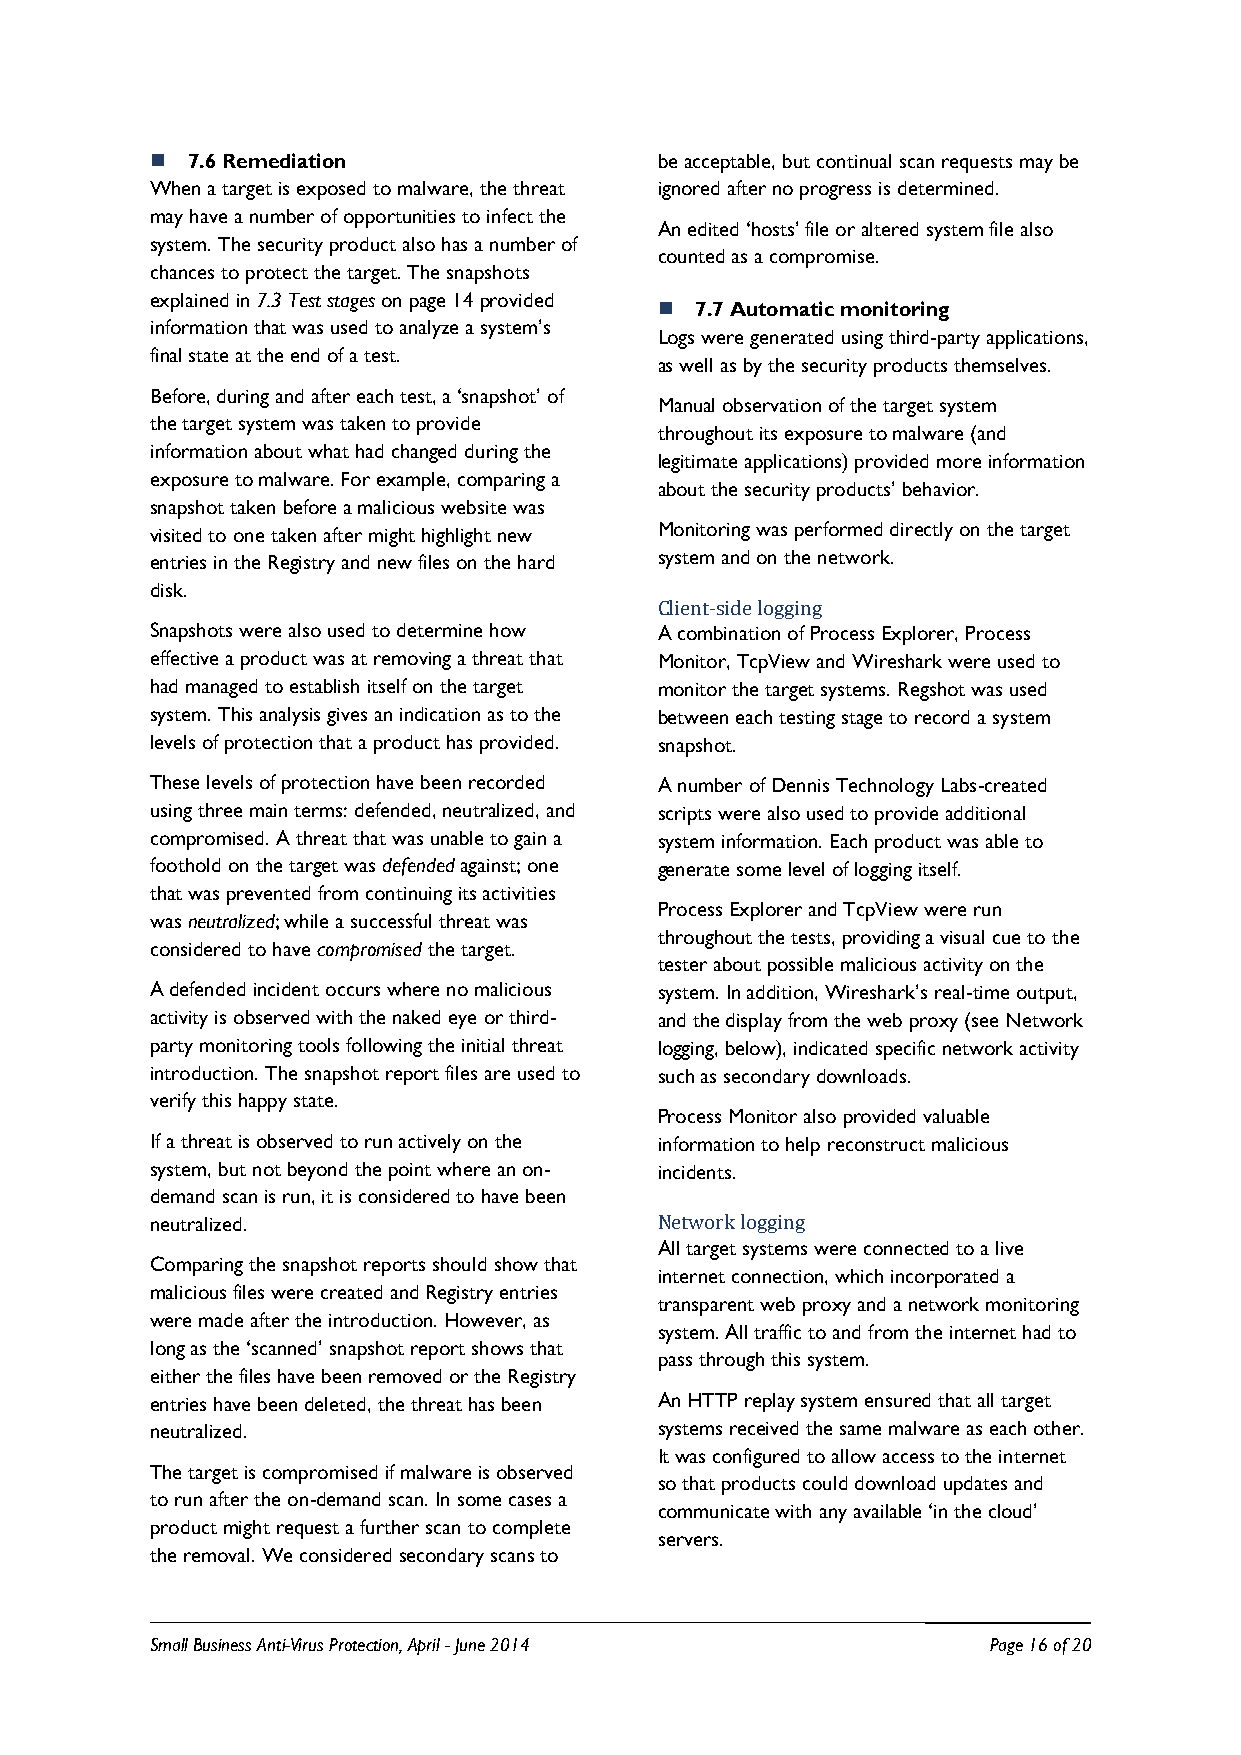
 7.6 Remediation                 be acceptable, but continual scan requests may be
 When a target is exposed to malware, the threat ignored after no progress is determined.
 may have a number of opportunities to infect the
 An edited ‘hosts’ file or altered system file also
 system. The security product also has a number of
 counted as a compromise.
 chances to protect the target. The snapshots
 explained in 7.3 Test stages on page 14 provided
  7.7 Automatic monitoring
 information that was used to analyze a system’s
 Logs were generated using third-party applications,
 final state at the end of a test.
 as well as by the security products themselves.
 Before, during and after each test, a ‘snapshot’ of
 Manual observation of the target system
 the target system was taken to provide
 throughout its exposure to malware (and
 information about what had changed during the
 legitimate applications) provided more information
 exposure to malware. For example, comparing a
 about the security products’ behavior.
 snapshot taken before a malicious website was
 visited to one taken after might highlight new Monitoring was performed directly on the target
 entries in the Registry and new files on the hard system and on the network.
 disk.
 Client-side logging
 Snapshots were also used to determine how A combination of Process Explorer, Process
 effective a product was at removing a threat that Monitor, TcpView and Wireshark were used to
 had managed to establish itself on the target monitor the target systems. Regshot was used
 system. This analysis gives an indication as to the between each testing stage to record a system
 levels of protection that a product has provided. snapshot.
 These levels of protection have been recorded A number of Dennis Technology Labs-created
 using three main terms: defended, neutralized, and scripts were also used to provide additional
 compromised. A threat that was unable to gain a system information. Each product was able to
 foothold on the target was defended against; one generate some level of logging itself.
 that was prevented from continuing its activities
 Process Explorer and TcpView were run
 was neutralized; while a successful threat was
 throughout the tests, providing a visual cue to the
 considered to have compromised the target.
 tester about possible malicious activity on the
 A defended incident occurs where no malicious system. In addition, Wireshark’s real-time output,
 activity is observed with the naked eye or third- and the display from the web proxy (see Network
 party monitoring tools following the initial threat logging, below), indicated specific network activity
 introduction. The snapshot report files are used to such as secondary downloads.
 verify this happy state.
 Process Monitor also provided valuable
 If a threat is observed to run actively on the information to help reconstruct malicious
 system, but not beyond the point where an on- incidents.
 demand scan is run, it is considered to have been
 neutralized.                      Network logging
 All target systems were connected to a live
 Comparing the snapshot reports should show that
 internet connection, which incorporated a
 malicious files were created and Registry entries
 transparent web proxy and a network monitoring
 were made after the introduction. However, as
 system. All traffic to and from the internet had to
 long as the ‘scanned’ snapshot report shows that
 pass through this system.
 either the files have been removed or the Registry
 entries have been deleted, the threat has been An HTTP replay system ensured that all target
 neutralized.                      systems received the same malware as each other.
 It was configured to allow access to the internet
 The target is compromised if malware is observed
 so that products could download updates and
 to run after the on-demand scan. In some cases a
 communicate with any available ‘in the cloud’
 product might request a further scan to complete
 servers.
 the removal. We considered secondary scans to
 Small Business Anti-Virus Protection, April - June 2014 Page 16 of 20